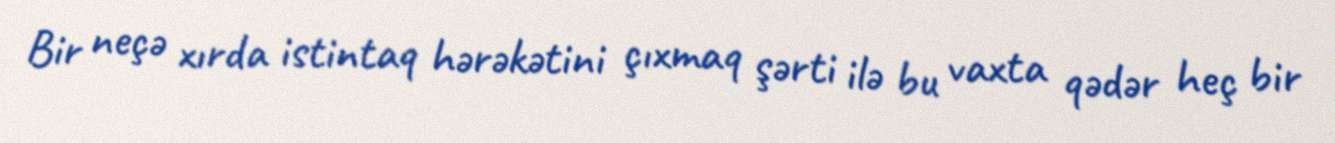
Bir neçə xırda istintaq hərəkətini çıxmaq şərti ilə bu vaxta qədər heç bir